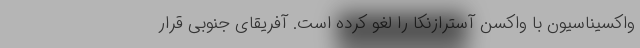
واکسیناسیون با واکسن آسترازنکا را لغو کرده است. آفریقای جنوبی قرار